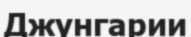
Джунгарии